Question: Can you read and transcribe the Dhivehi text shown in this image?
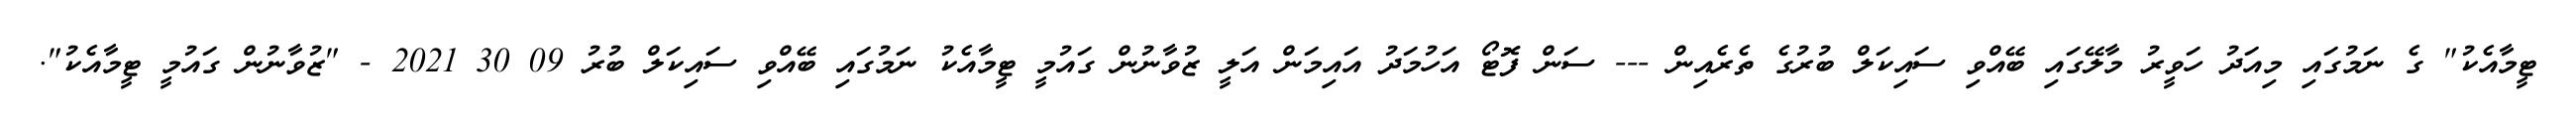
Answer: ޓީމާއެކު" ގެ ނަމުގައި މިއަދު ހަވީރު މާލޭގައި ބޭއްވި ސައިކަލް ބުރުގެ ތެރެއިން --- ސަން ފޮޓޯ އަހުމަދު އައިމަން އަލީ ޒުވާނުން ގައުމީ ޓީމާއެކު ނަމުގައި ބޭއްވި ސައިކަލް ބުރު 09 30 2021 - "ޒުވާނުން ގައުމީ ޓީމާއެކު".